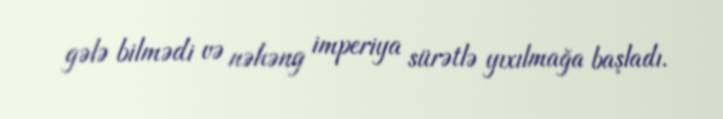
gələ bilmədi və nəhəng imperiya sürətlə yıxılmağa başladı.